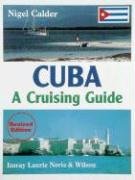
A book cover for Cuba: A Cruising Guide; Nigel Calder; Travel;